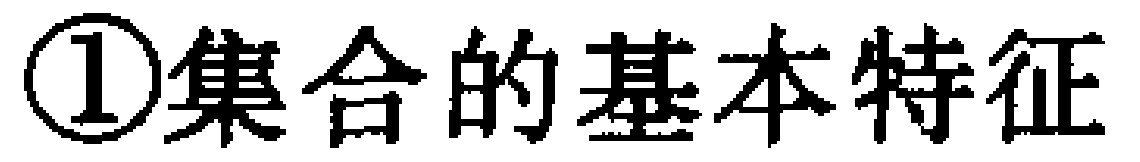
\textcircled{1}集合的基本特征